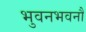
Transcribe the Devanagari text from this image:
भुवनभवनौ